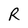
Character: R